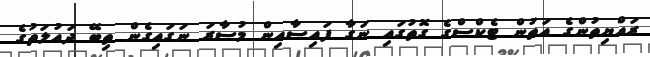
ރައްޔިތުންގެ އަތުން ޓެކްސްގެ ގޮތުގައި ނަގާ ފައިސާއިން މުސާރަ ނަގައިގެން ތިބޭ ދައުލަތުގެ